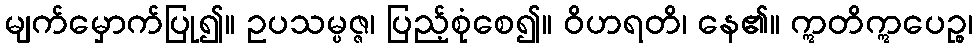
မျက်မှောက်ပြု၍။ ဥပသမ္ပဇ္ဇ၊ ပြည့်စုံစေ၍။ ဝိဟရတိ၊ နေ၏။ ဣတိဣပေဉ္စ၊